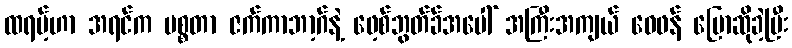
ထရမ့်ဟာ အရင်က မစ္စတာ ဇက်ကာဘာ့ဂ်နဲ့ ဖေ့စ်ဘွတ်ခ်အပေါ် အကြီးအကျယ် ဝေဖန် ပြောဆိုခဲ့ပြီး